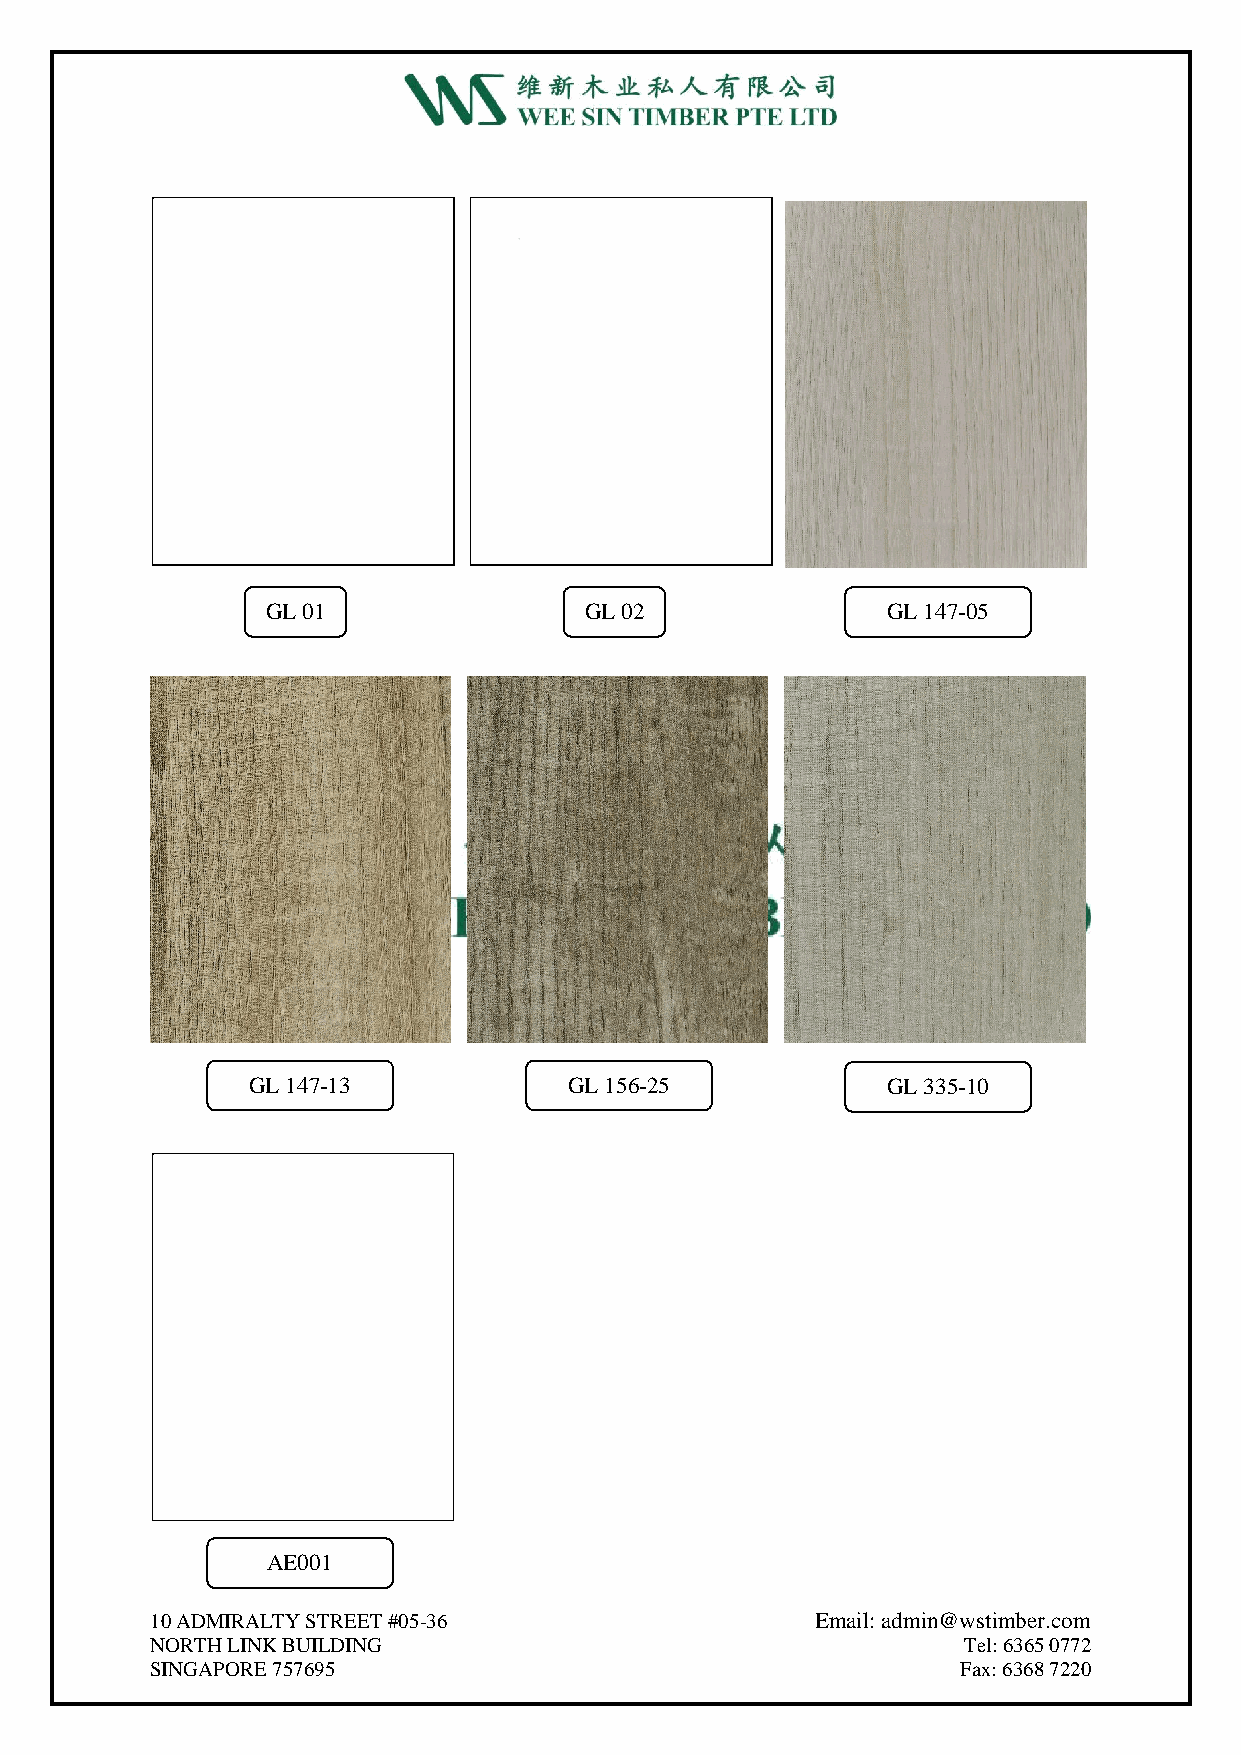
GL 01                GL 02               GL 147-05
 GL 147-13            GL 156-25            GL 335-10
 AE001
 10 ADMIRALTY STREET #05-36                  Email: admin@wstimber.com
 NORTH LINK BUILDING                                   Tel: 6365 0772
 SINGAPORE 757695                                      Fax: 6368 7220